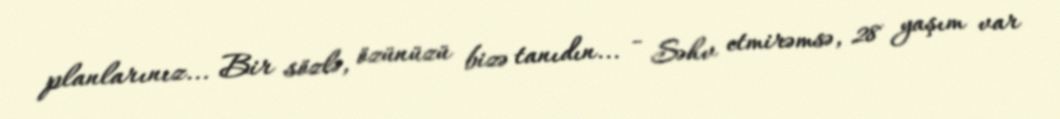
planlarınız... Bir sözlə, özünüzü bizə tanıdın... - Səhv etmirəmsə, 28 yaşım var